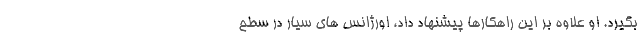
بگیرد. او علاوه بر این راهکارها پیشنهاد داد، اورژانس های سیار در سطح